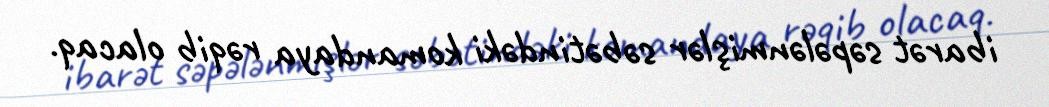
ibarət səpələnmişlər səbətindəki komandaya rəqib olacaq.